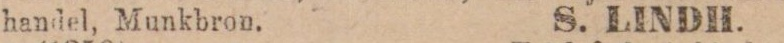
handel, Munkbron. S. LINDH.